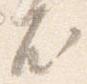
尤